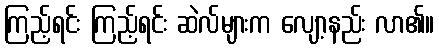
ကြည့်ရင်း ကြည့်ရင်း ဆဲလ်များက လျော့နည်း လာ၏။